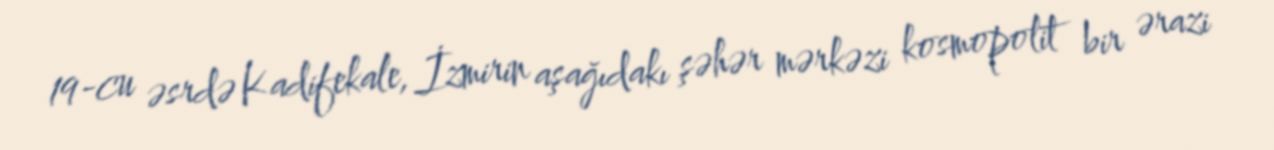
19-cu əsrdə Kadifekale, İzmirin aşağıdakı şəhər mərkəzi kosmopolit bir ərazi